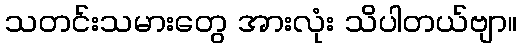
သတင်းသမားတွေ အားလုံး သိပါတယ်ဗျာ။